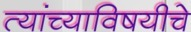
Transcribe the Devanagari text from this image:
त्यांच्याविषयीचे